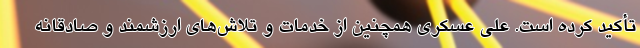
تأکید کرده است. علی عسکری همچنین از خدمات و تلاش‌های ارزشمند و صادقانه